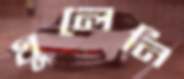
খুলেনি